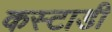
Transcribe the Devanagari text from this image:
कस्टाडी